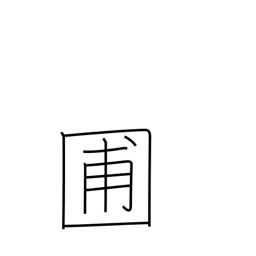
Meaning: garden